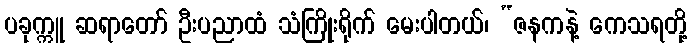
ပခုက္ကူ ဆရာတော် ဦးပညာထံ သံကြိုးရိုက် မေးပါတယ်၊ “ဇနကနဲ့ ကေသရတို့